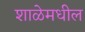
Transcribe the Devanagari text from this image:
शाळेमधील